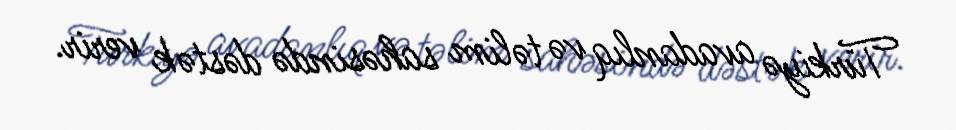
Türkiyə avadanlıq və təlim sahəsində dəstək verir.